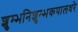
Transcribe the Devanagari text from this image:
शुम्भनिशुम्भकपालधरे